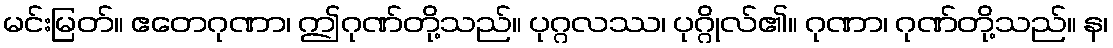
မင်းမြတ်။ ဧတေဂုဏာ၊ ဤဂုဏ်တို့သည်။ ပုဂ္ဂလဿ၊ ပုဂ္ဂိုလ်၏။ ဂုဏာ၊ ဂုဏ်တို့သည်။ န၊